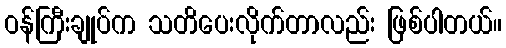
ဝန်ကြီးချုပ်က သတိပေးလိုက်တာလည်း ဖြစ်ပါတယ်။